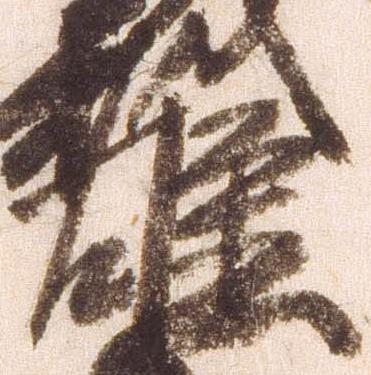
雄